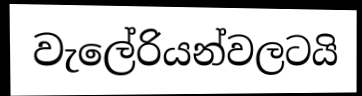
වැලේරියන්වලටයි